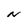
Character: N